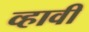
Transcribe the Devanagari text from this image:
व्‍हावी